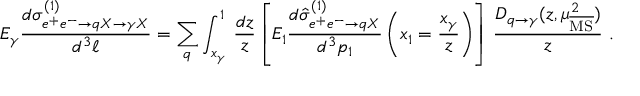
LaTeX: E _ { \gamma } \frac { d \sigma _ { e ^ { + } e ^ { - } \rightarrow q X \rightarrow \gamma X } ^ { ( 1 ) } } { d ^ { 3 } \ell } = \sum _ { q } \int _ { x _ { \gamma } } ^ { 1 } \, \frac { d z } { z } \left[ E _ { 1 } \frac { d \hat { \sigma } _ { e ^ { + } e ^ { - } \rightarrow q X } ^ { ( 1 ) } } { d ^ { 3 } p _ { 1 } } \left( x _ { 1 } = \frac { x _ { \gamma } } { z } \right) \right] \, \frac { D _ { q \rightarrow \gamma } ( z , \mu _ { \overline { { \mathrm { M S } } } } ^ { 2 } ) } { z } \ .